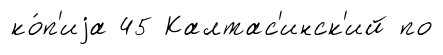
ко́п'иjа 45 Калтас'инск'ий по